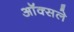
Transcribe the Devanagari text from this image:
ऑक्सले